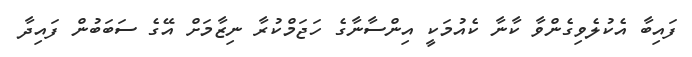
ފައިބާ އެކުލެވިގެންވާ ކާނާ ކެއުމަކީ އިންސާނާގެ ހަޖަމްކުރާ ނިޒާމަށް އޭގެ ސަބަބުން ފައިދާ